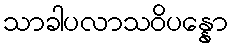
သာခါပလာသဝိပန္နော